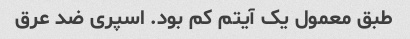
طبق معمول یک آیتم کم بود. اسپری ضد عرق